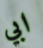
ابي